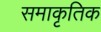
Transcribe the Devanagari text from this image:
समाकृतिक